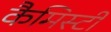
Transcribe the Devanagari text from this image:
कैमिस्टी